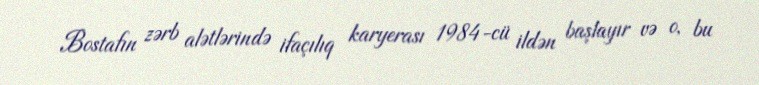
Bostafın zərb alətlərində ifaçılıq karyerası 1984-cü ildən başlayır və o, bu